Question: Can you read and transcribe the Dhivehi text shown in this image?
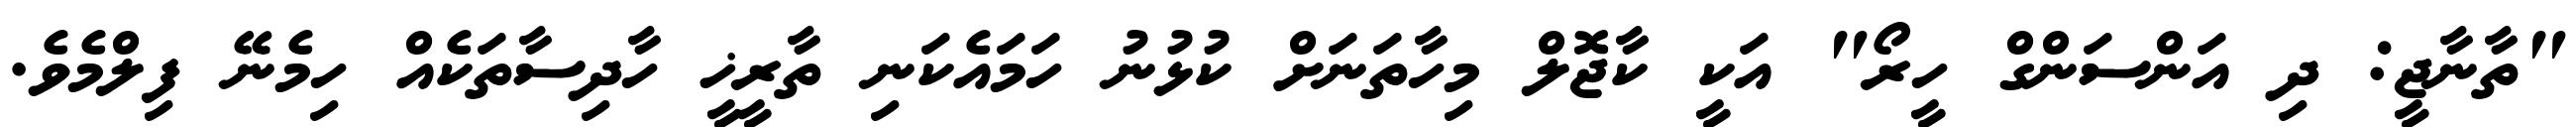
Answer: "ތާނާޖީ: ދި އަންސަންގް ހީރޯ" އަކީ ކާޖޮލް މިހާތަނަށް ކުޅުނު ހަމައެކަނި ތާރީޚީ ހާދިސާތަކެއް ހިމެނޭ ފިލްމެވެ.